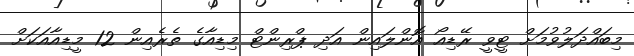
މިބައްދަލުވުމަށް ޓީވީ ރޭޑިއޯ އޮންލައިން އަދި ޕްރިންޓް މިޑިއާގެ ތެރެއިން 12 މީޑިއާއަކަށް